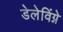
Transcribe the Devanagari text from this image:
डेलेविंग्ने